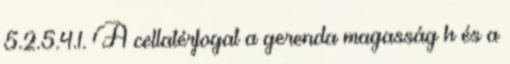
5.2.5.4.1. A cellatérfogat a gerenda magasság h és a